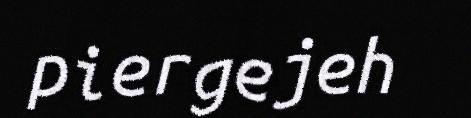
piergejeh